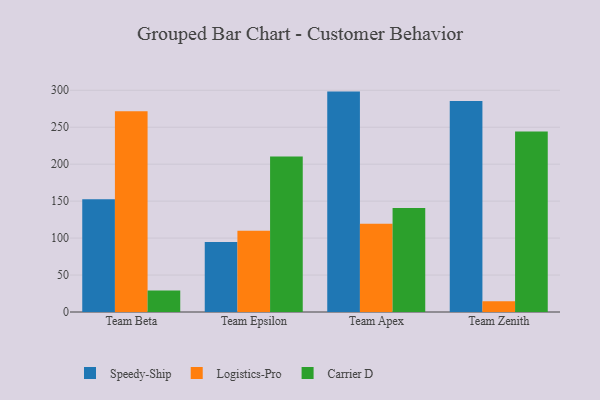
{"axis": {"x": "Team", "y": "Latency (ms)"}, "legend": ["Carrier D", "Logistics-Pro", "Speedy-Ship"], "data": [{"x": "Team Beta", "y": 152.7, "type": "Speedy-Ship"}, {"x": "Team Beta", "y": 271.5, "type": "Logistics-Pro"}, {"x": "Team Beta", "y": 29.2, "type": "Carrier D"}, {"x": "Team Epsilon", "y": 94.8, "type": "Speedy-Ship"}, {"x": "Team Epsilon", "y": 109.8, "type": "Logistics-Pro"}, {"x": "Team Epsilon", "y": 210.5, "type": "Carrier D"}, {"x": "Team Apex", "y": 298.2, "type": "Speedy-Ship"}, {"x": "Team Apex", "y": 119.5, "type": "Logistics-Pro"}, {"x": "Team Apex", "y": 140.6, "type": "Carrier D"}, {"x": "Team Zenith", "y": 285.4, "type": "Speedy-Ship"}, {"x": "Team Zenith", "y": 14.4, "type": "Logistics-Pro"}, {"x": "Team Zenith", "y": 244.2, "type": "Carrier D"}]}